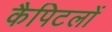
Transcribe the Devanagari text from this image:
कैपिटलों